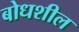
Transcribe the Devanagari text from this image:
बोधशील